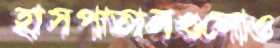
হাসপাতালগুলোও